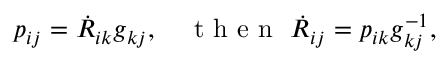
\begin{array} { r } { p _ { i j } = \dot { R } _ { i k } g _ { k j } , \quad \mathrm { ~ t ~ h ~ e ~ n ~ } ~ \dot { R } _ { i j } = p _ { i k } g _ { k j } ^ { - 1 } , } \end{array}